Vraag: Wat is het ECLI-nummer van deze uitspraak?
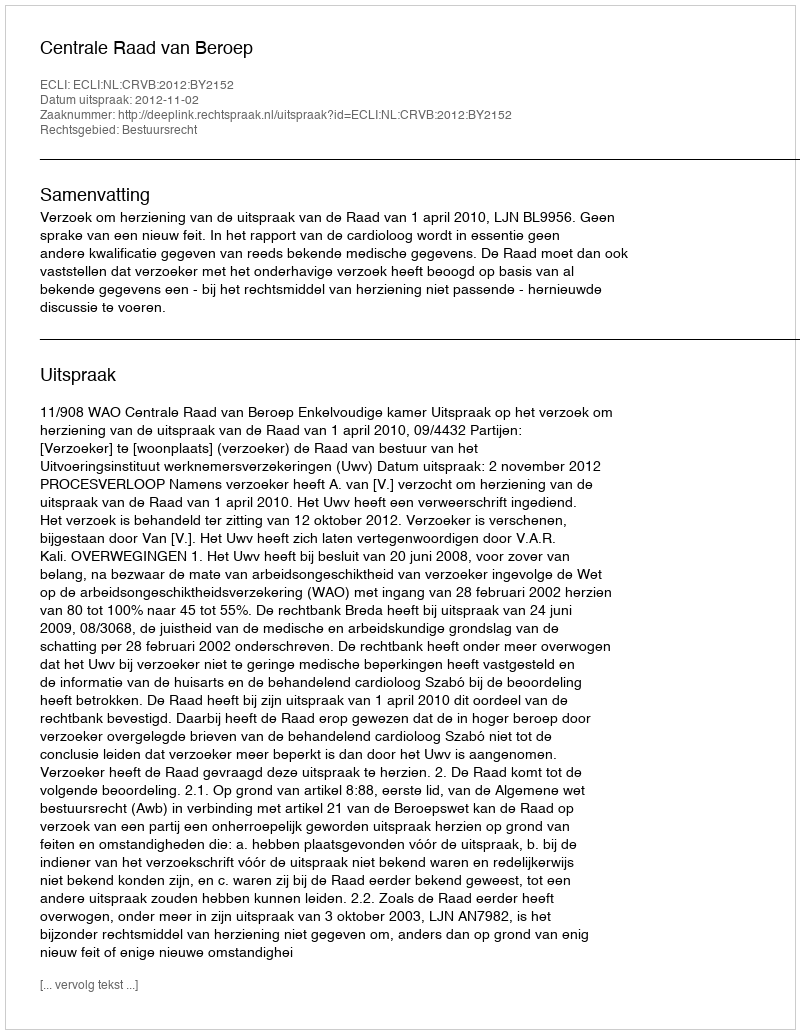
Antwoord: ECLI:NL:CRVB:2012:BY2152